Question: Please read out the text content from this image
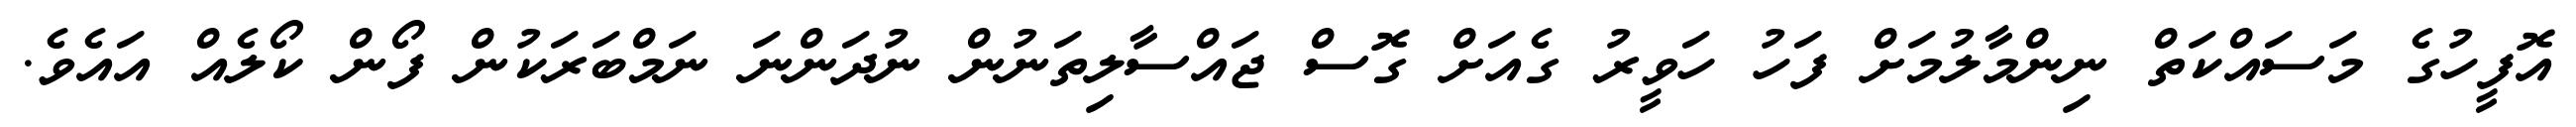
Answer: އޮފީހުގެ މަސައްކަތް ނިންމާލުމަށް ފަހު ހަވީރު ގެއަށް ގޮސް ޖައްސާލިތަނުން ނުދަންނަ ނަމްބަރަކުން ފޯން ކޯލެއް އައެވެ.